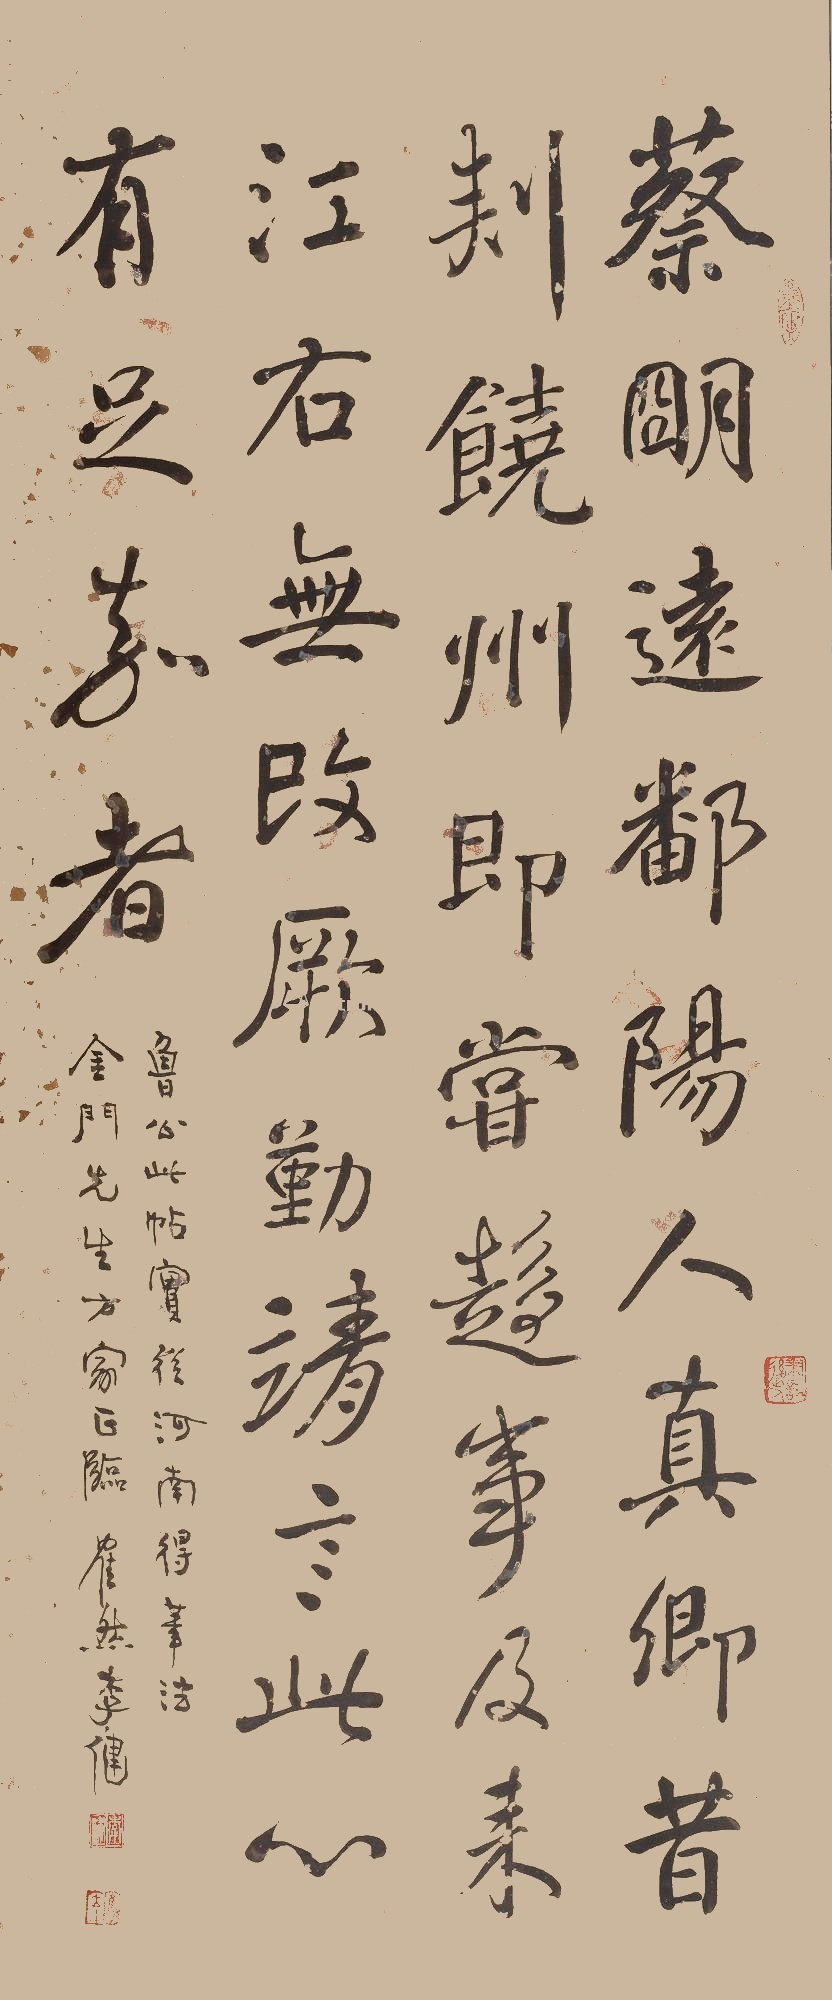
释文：蔡明远，鄱阳人。真卿昔刺饶州，即尝趋事。及来江右，无改厥勤，靖言此心有足嘉者。鲁公此帖实从河南得笔法，金门先生方家正临。鹤然李健。